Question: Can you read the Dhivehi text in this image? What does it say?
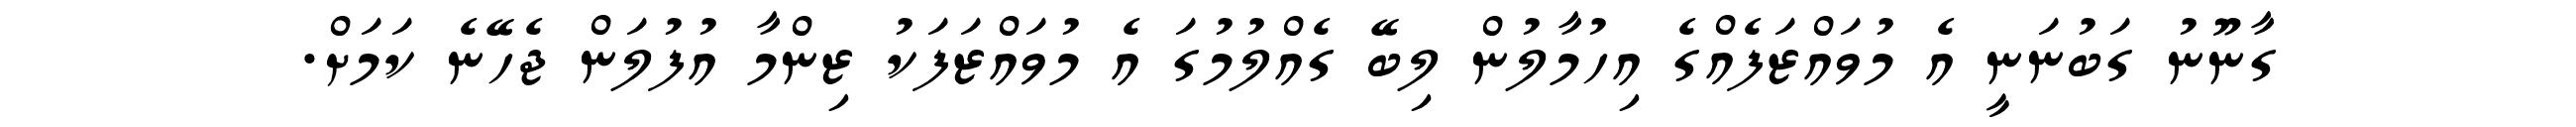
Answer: ގާނޫނު ގަބުނަނީ އެ މުވައްޒަފެއްގެ އިހުމާލުން ލިބޭ ގެއްލުމުގަ އެ މުވައްޒަފަކު ޒިންމާ އުފުލަން ޖެހޭނެ ކަމަށް.